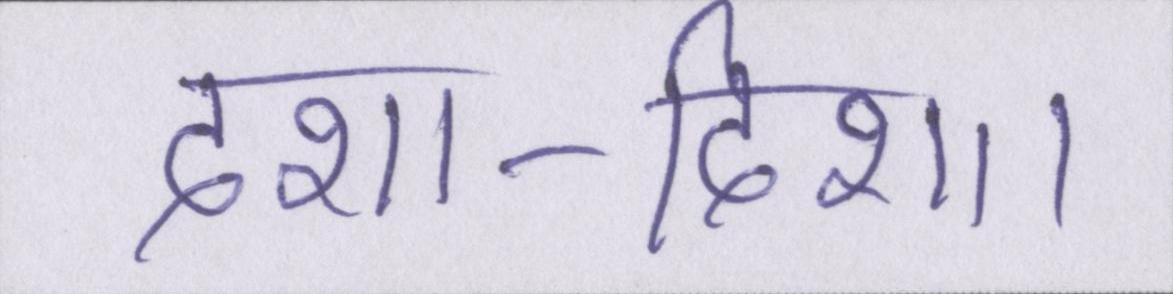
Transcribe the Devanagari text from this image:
दशा-दिशा।